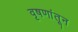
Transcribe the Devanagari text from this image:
वृषणांतून